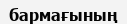
бармағының